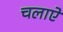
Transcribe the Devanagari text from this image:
चलाऐ